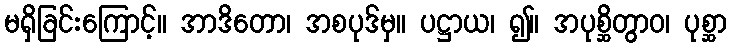
မရှိခြင်းကြောင့်။ အာဒိတော၊ အစပုဒ်မှ။ ပဋ္ဌာယ၊ ၍။ အပုစ္ဆိတွာဝ၊ ပုစ္ဆာ